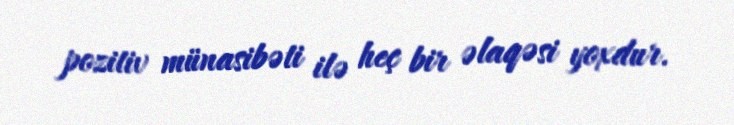
pozitiv münasibəti ilə heç bir əlaqəsi yoxdur.